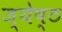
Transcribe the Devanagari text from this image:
ज्‍येष्‍ठ